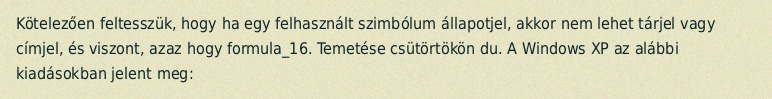
Kötelezően feltesszük, hogy ha egy felhasznált szimbólum állapotjel, akkor nem lehet tárjel vagy címjel, és viszont, azaz hogy formula_16. Temetése csütörtökön du. A Windows XP az alábbi kiadásokban jelent meg: